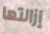
إزالتها